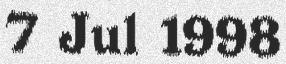
7 Jul 1998